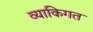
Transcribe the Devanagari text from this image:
व्याकिगत